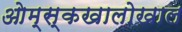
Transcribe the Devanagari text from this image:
ओम्स्कखालोखाल